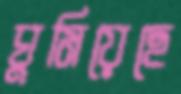
ঘুমিয়েছে